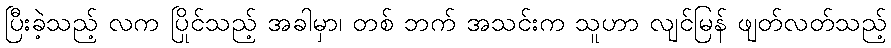
ပြီးခဲ့သည့် လက ပြိုင်သည့် အခါမှာ၊ တစ် ဘက် အသင်းက သူဟာ လျင်မြန် ဖျတ်လတ်သည့်